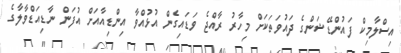
އިސްލާމިކް ފައުންޑޭޝަންގެ ދައުވަތަކަށް މިހާރު ރާއްޖެ ވަޑައިގެން އުޅުއްވާ އިންޑިއާއަށް އުފަން ނާޑިއަޑްވާލާގެ